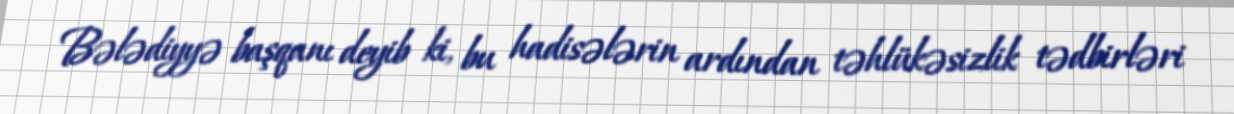
Bələdiyyə başqanı deyib ki, bu hadisələrin ardından təhlükəsizlik tədbirləri